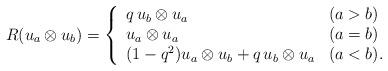
LaTeX: \begin{align*}R(u_{a}\otimes u_{b})=\left\{ \begin{array}{ll}q\, u_{b} \otimes u_{a} & (a>b) \\u_{a} \otimes u_{a} & (a=b) \\ (1-q^{2})u_{a} \otimes u_{b}+q\, u_{b}\otimes u_{a} & (a<b). \end{array}\right. \end{align*}